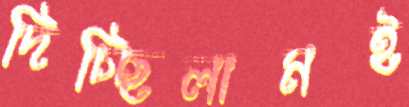
দিচ্ছিলামই